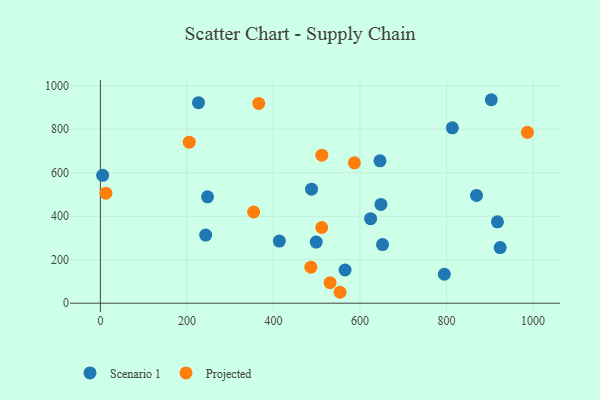
{"axis": {"x": "Distance", "y": "Salary"}, "legend": ["Projected", "Scenario 1"], "data": [{"x": "652.2", "y": 269.4, "type": "Scenario 1"}, {"x": "795.1", "y": 133.0, "type": "Scenario 1"}, {"x": "924.1", "y": 256.0, "type": "Scenario 1"}, {"x": "624.6", "y": 388.8, "type": "Scenario 1"}, {"x": "646.3", "y": 655.0, "type": "Scenario 1"}, {"x": "247.7", "y": 489.2, "type": "Scenario 1"}, {"x": "813.6", "y": 806.5, "type": "Scenario 1"}, {"x": "565.6", "y": 152.7, "type": "Scenario 1"}, {"x": "5.2", "y": 588.2, "type": "Scenario 1"}, {"x": "413.7", "y": 285.5, "type": "Scenario 1"}, {"x": "488.1", "y": 524.6, "type": "Scenario 1"}, {"x": "226.8", "y": 922.2, "type": "Scenario 1"}, {"x": "243.4", "y": 313.5, "type": "Scenario 1"}, {"x": "903.6", "y": 935.8, "type": "Scenario 1"}, {"x": "869.4", "y": 495.8, "type": "Scenario 1"}, {"x": "648.5", "y": 454.3, "type": "Scenario 1"}, {"x": "917.9", "y": 374.3, "type": "Scenario 1"}, {"x": "498.9", "y": 281.1, "type": "Scenario 1"}, {"x": "511.9", "y": 680.6, "type": "Projected"}, {"x": "554.1", "y": 50.2, "type": "Projected"}, {"x": "354.2", "y": 419.4, "type": "Projected"}, {"x": "587.2", "y": 645.4, "type": "Projected"}, {"x": "486.4", "y": 165.8, "type": "Projected"}, {"x": "987.0", "y": 785.8, "type": "Projected"}, {"x": "531.0", "y": 94.5, "type": "Projected"}, {"x": "511.7", "y": 348.2, "type": "Projected"}, {"x": "366.0", "y": 918.6, "type": "Projected"}, {"x": "205.4", "y": 740.7, "type": "Projected"}, {"x": "12.8", "y": 505.8, "type": "Projected"}]}